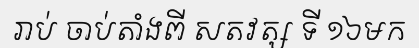
រាប់ ចាប់តាំងពី សតវត្ស ទី ១៦មក